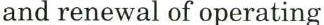
and renewal of operating